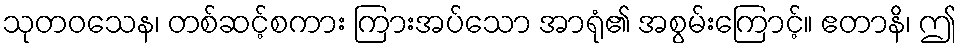
သုတဝသေန၊ တစ်ဆင့်စကား ကြားအပ်သော အာရုံ၏ အစွမ်းကြောင့်။ ဧတာနိ၊ ဤ